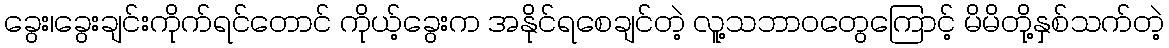
ခွေး၊ခွေးချင်းကိုက်ရင်တောင် ကိုယ့်ခွေးက အနိုင်ရစေချင်တဲ့ လူ့သဘာဝတွေကြောင့် မိမိတို့နှစ်သက်တဲ့